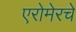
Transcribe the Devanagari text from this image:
एरोमेरचे